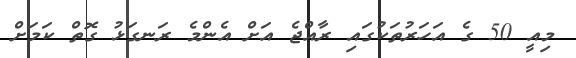
މިއީ 50 ގެ އަހަރުތަކުގައި ރާއްޖެ އަށް އެންމެ ރަނގަޅު ގޮތް ކަމަށް